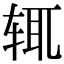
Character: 辄